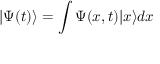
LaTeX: | \Psi ( t ) \rangle = \int \Psi ( x , t ) | x \rangle d x